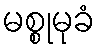
မစ္စုမုခံ